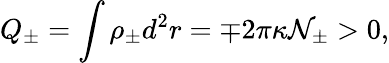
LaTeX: Q_{\pm}=\int{\rho}_{\pm}d^{2}r={\mp}2{\pi}{\kappa}{\cal N}_{\pm}>0,